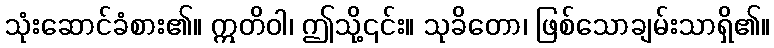
သုံးဆောင်ခံစား၏။ ဣတိဝါ၊ ဤသို့၎င်း။ သုခိတော၊ ဖြစ်သောချမ်းသာရှိ၏။